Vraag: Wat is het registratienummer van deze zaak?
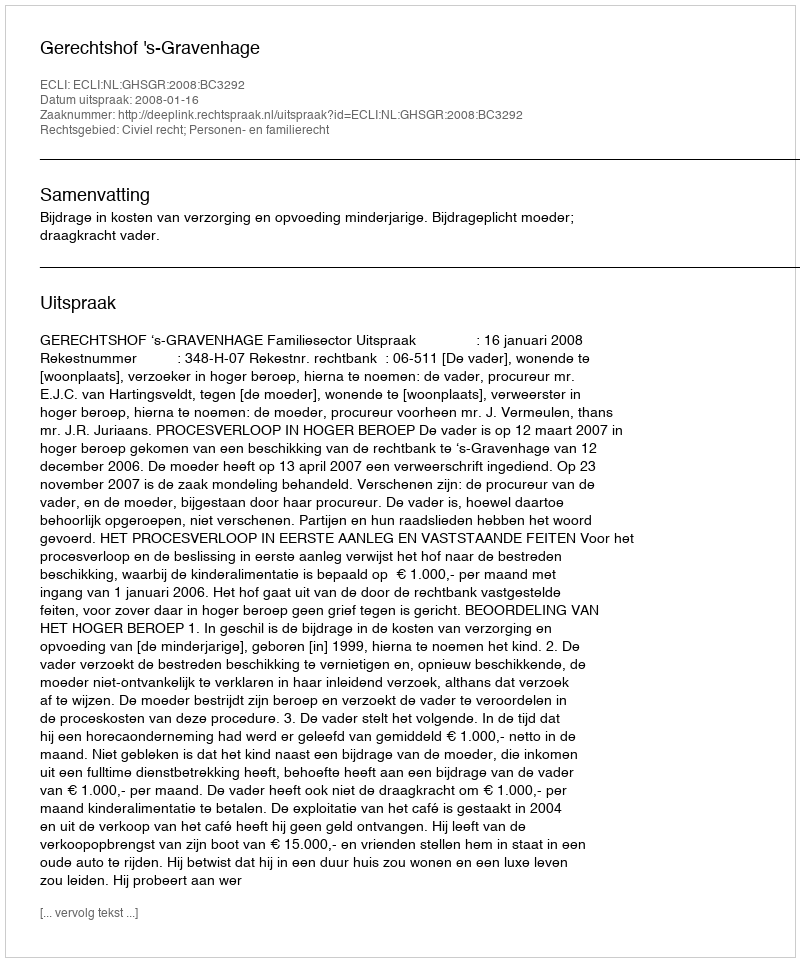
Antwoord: http://deeplink.rechtspraak.nl/uitspraak?id=ECLI:NL:GHSGR:2008:BC3292